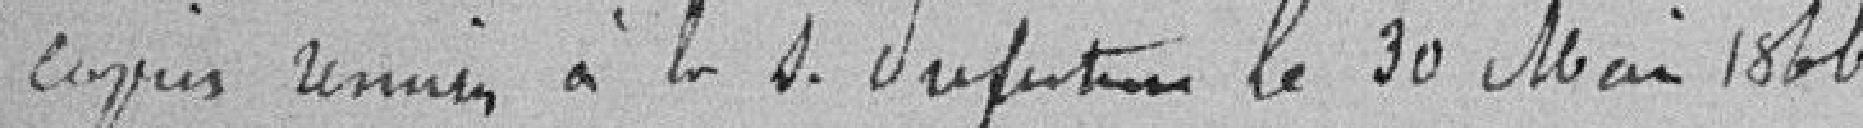
2 copies remis à la S. Septembre le 30 Mai 1866